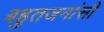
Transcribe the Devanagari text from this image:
बहुतजनांसी